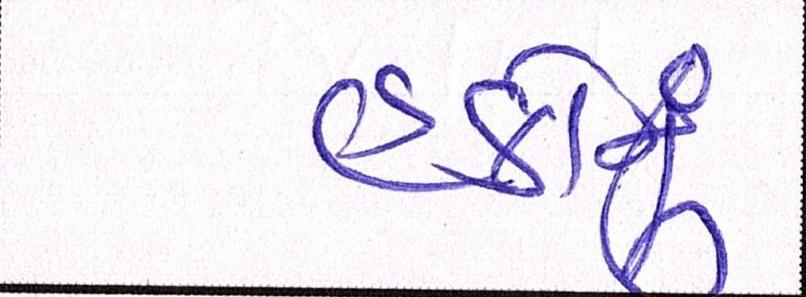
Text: હકોનું